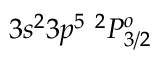
3 s ^ { 2 } 3 p ^ { 5 } ~ ^ { 2 } P _ { 3 / 2 } ^ { o }